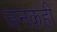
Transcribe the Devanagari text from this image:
जनकही